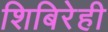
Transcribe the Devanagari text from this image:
शिबिरेही